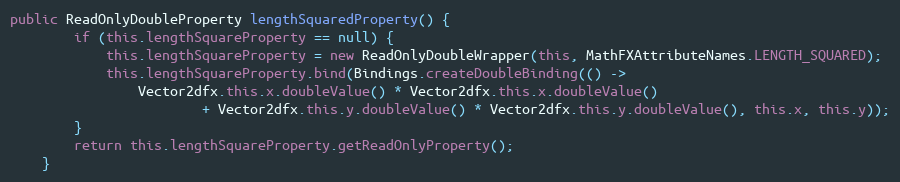
Language: Java
public ReadOnlyDoubleProperty lengthSquaredProperty() {
		if (this.lengthSquareProperty == null) {
			this.lengthSquareProperty = new ReadOnlyDoubleWrapper(this, MathFXAttributeNames.LENGTH_SQUARED);
			this.lengthSquareProperty.bind(Bindings.createDoubleBinding(() ->
				Vector2dfx.this.x.doubleValue() * Vector2dfx.this.x.doubleValue()
						+ Vector2dfx.this.y.doubleValue() * Vector2dfx.this.y.doubleValue(), this.x, this.y));
		}
		return this.lengthSquareProperty.getReadOnlyProperty();
	}